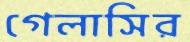
গেলাসির